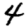
Digit: 4